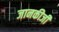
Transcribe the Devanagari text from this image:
जानकीजी